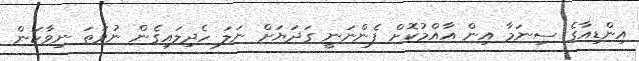
އިންޑިއާގެ ސިނަމާ އިން އާއްމުކޮށް ފެންނަނީ ގަދަޔަށް ނަލަ ހެދިލައިގެން ނުވަތަ ނިވާކަން